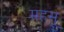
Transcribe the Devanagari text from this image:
महसू